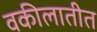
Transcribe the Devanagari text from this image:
वकीलातीत